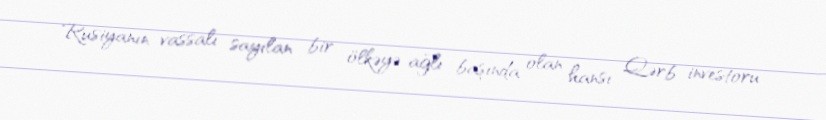
Rusiyanın vassalı sayılan bir ölkəyə ağlı başında olan hansı Qərb investoru